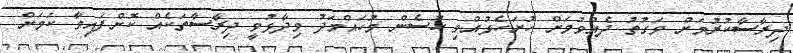
ދިރާސާކުރުމަށް ވަގުތު ދެއްވުމަށް ހުށަހެޅުއްވި ހުސެން މުހައްމަދު ވިދާޅުވީ ދިރާސާތަކެއް ކޮށްފައިވާ ކަމަށް